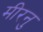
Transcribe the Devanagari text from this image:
मीरनु